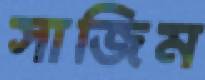
সাজিম